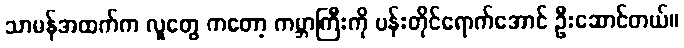
သာမန်အထက်က လူတွေ ကတော့ ကမ္ဘာကြီးကို ပန်းတိုင်ရောက်အောင် ဦးဆောင်တယ်။